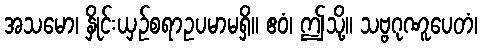
အသမော၊ နှိုင်းယှဉ်စရာဥပမာမရှိ။ ဧဝံ၊ ဤသို့။ သဗ္ဗဂုဏူပေတံ၊